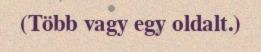
(Több vagy egy oldalt.)